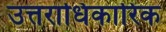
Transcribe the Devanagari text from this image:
उत्तराधिकारिक